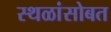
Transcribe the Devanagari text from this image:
स्थळांसोबत